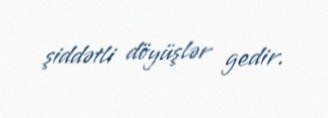
şiddətli döyüşlər gedir.